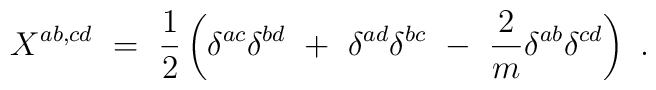
X^{ab,cd} ~=~ \frac{1}{2} \left( \delta^{ac} \delta^{bd} ~+~ \delta^{ad} \delta^{bc} ~-~ \frac{2}{m} \delta^{ab} \delta^{cd} \right) ~.